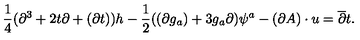
\frac { 1 } { 4 } ( \partial ^ { 3 } + 2 t \partial + ( \partial t ) ) h - \frac { 1 } { 2 } ( ( \partial g _ { a } ) + 3 g _ { a } \partial ) \psi ^ { a } - ( \partial A ) \cdot u = \overline { { \partial } } t .